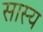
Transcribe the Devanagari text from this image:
सास्य